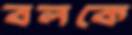
বলকে